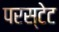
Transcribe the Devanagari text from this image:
परस्टेट